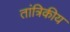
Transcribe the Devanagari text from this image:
तांत्रिकीय